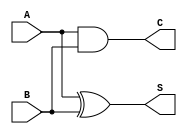
module threshold_half_adder (
    input wire A,  // First binary input
    input wire B,  // Second binary input
    output wire S, // Sum output
    output wire C  // Carry output
);

// Sum output: S = A XOR B
assign S = A ^ B;

// Carry output: C = A AND B
assign C = A & B;

endmodule